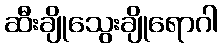
ဆီးချိုသွေးချိုရောဂါ